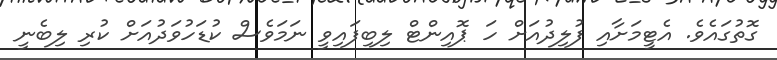
ގޮތުގައެވެ. އެޓީމަށާއި ފުލިދުއަށް ހަ ޕޮއިންޓް ލިބިފައިވީ ނަމަވެސް ކުޑަހުވަދުއަށް ކުރި ލިބެނީ